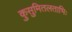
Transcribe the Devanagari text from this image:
कुसुमितलताभिः